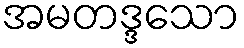
အမတဒ္ဒသော